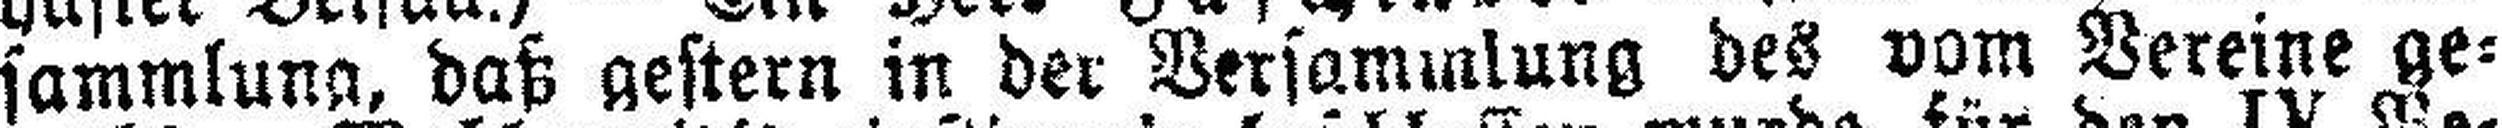
sammlung, daß gestern in der Versammlung des vom Vereine ge¬